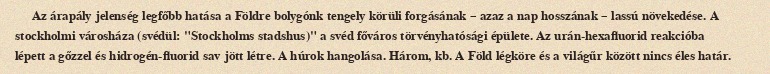
Az árapály jelenség legfőbb hatása a Földre bolygónk tengely körüli forgásának – azaz a nap hosszának – lassú növekedése. A stockholmi városháza (svédül: "Stockholms stadshus)" a svéd főváros törvényhatósági épülete. Az urán-hexafluorid reakcióba lépett a gőzzel és hidrogén-fluorid sav jött létre. A húrok hangolása. Három, kb. A Föld légköre és a világűr között nincs éles határ.